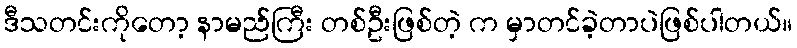
ဒီသတင်းကိုတော့ နာမည်ကြီး တစ်ဦးဖြစ်တဲ့ က မှာတင်ခဲ့တာပဲဖြစ်ပါတယ်။